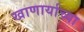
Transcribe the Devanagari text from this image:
खाणार्याच्या